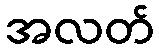
အလတ်